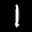
Label: 1